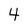
Character: 4